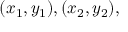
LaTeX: ( x _ { 1 } , y _ { 1 } ) , ( x _ { 2 } , y _ { 2 } ) ,